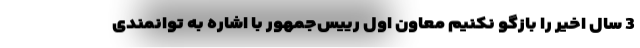
3 سال اخیر را بازگو نکنیم معاون اول رییس‌جمهور با اشاره به توانمندی